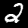
Digit: 2